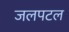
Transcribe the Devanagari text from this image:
जलपटल